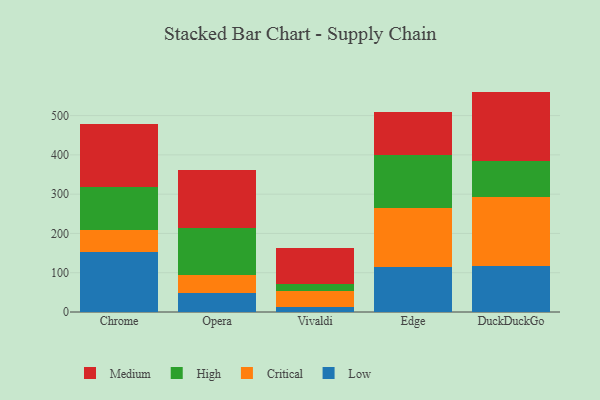
{"axis": {"x": "Browser", "y": "LTV (USD)"}, "legend": ["Critical", "High", "Low", "Medium"], "data": [{"x": "Chrome", "y": 153.4, "type": "Low"}, {"x": "Chrome", "y": 54.9, "type": "Critical"}, {"x": "Chrome", "y": 109.9, "type": "High"}, {"x": "Chrome", "y": 160.9, "type": "Medium"}, {"x": "Opera", "y": 49.4, "type": "Low"}, {"x": "Opera", "y": 43.8, "type": "Critical"}, {"x": "Opera", "y": 119.8, "type": "High"}, {"x": "Opera", "y": 148.9, "type": "Medium"}, {"x": "Vivaldi", "y": 13.5, "type": "Low"}, {"x": "Vivaldi", "y": 39.0, "type": "Critical"}, {"x": "Vivaldi", "y": 19.5, "type": "High"}, {"x": "Vivaldi", "y": 90.0, "type": "Medium"}, {"x": "Edge", "y": 114.4, "type": "Low"}, {"x": "Edge", "y": 151.3, "type": "Critical"}, {"x": "Edge", "y": 133.7, "type": "High"}, {"x": "Edge", "y": 110.7, "type": "Medium"}, {"x": "DuckDuckGo", "y": 116.6, "type": "Low"}, {"x": "DuckDuckGo", "y": 175.0, "type": "Critical"}, {"x": "DuckDuckGo", "y": 92.2, "type": "High"}, {"x": "DuckDuckGo", "y": 177.3, "type": "Medium"}]}